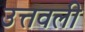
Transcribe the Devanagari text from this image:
उत्तवली